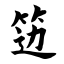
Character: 笾